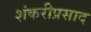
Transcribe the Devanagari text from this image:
शंकरीप्रसाद